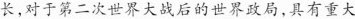
长，对于第二次世界大战后的世界政局，具有重大